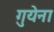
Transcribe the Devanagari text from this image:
गुयेना